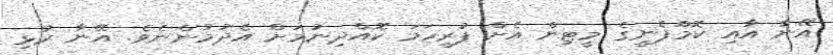
އޭނާ އާައި ކޮމްޕެނީގެ މީޓިން އެށް ފުރިހަމަ ކޮއްދިނުމަށް އެދުމުންނެވެ. އޭނާ ރުޅި